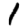
Digit: 1